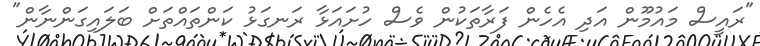
"ރައީސް މައުމޫން އަދި އެހެން ފަރާތަކުން ވެސް ހުށައަޅާ ރަނގަޅު ކަންތައްތަށް ބަލައިގަންނާން"